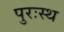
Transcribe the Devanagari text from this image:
पुरःस्थ